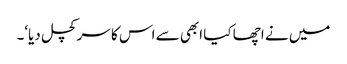
میں نے اچھا کیا ابھی سے اس کا سر کچل دیا‘۔